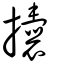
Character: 攮